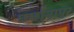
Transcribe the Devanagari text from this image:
छछोनापुर